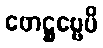
ဖောဋ္ဌဗ္ဗေပိ